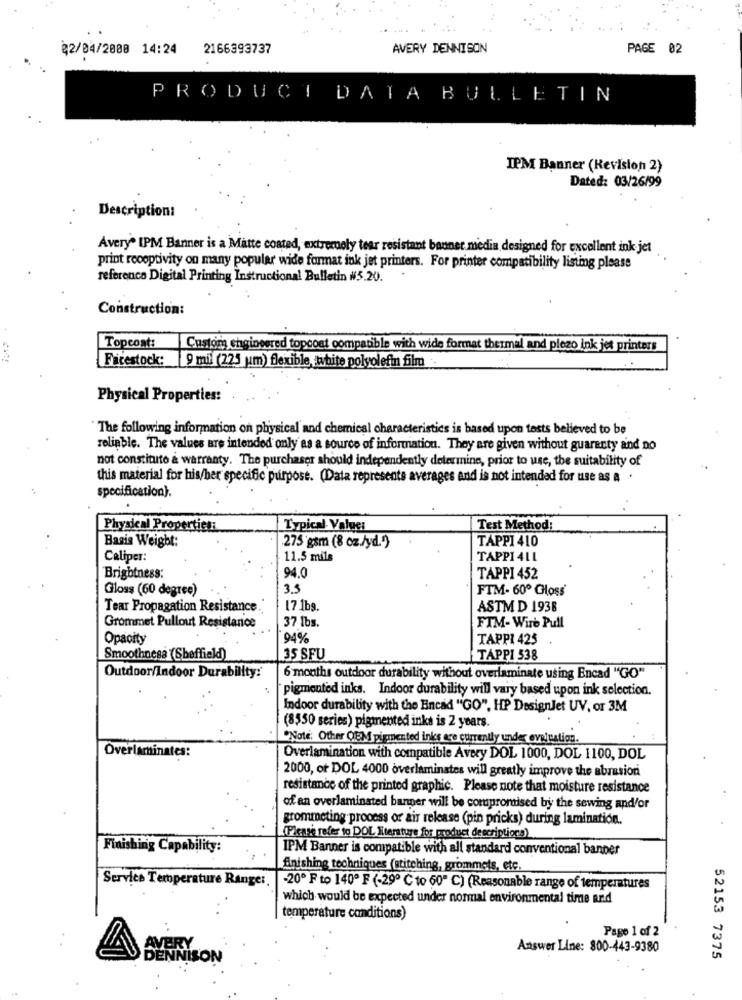
02/04/2008 14:24
2166393737
AVERY DENNISON
PAGE 02
PRODUCT DATA BULLETIN
IPM Banner (Revision 2)
Dated: 03/26/99
Description:
Avery* IPM Banner is a Matte coated, extremely tear resistant banner media designed for excellent ink jet
print receptivity on many popular wide format ink jet printers. For printer compatibility listing please
reference Digital Printing Instructional Bulletin #5.20.
Construction:
Topcont:
Custom engineered topcoat compatible with wide format thermal and plezo ink jet printers
Firestock:
9 mil (225 um) flexible, white polyolefin film.
Physical Properties:
The following information on physical and chemical characteristics is based upon tests believed to be
reliable. The values are intended only as a source of information. They are given without guaranty and no
not constitute a warranty. The purchaser should independently determine, prior to use, the suitability of
this material for his/her specific purpose. (Data represente averages and is not intended for use as a .
specification).
Physical Properties:
Typical- Value:
Test Method:
Basis Weight:
TAPPI 410
275 gsm (8 oz./yd.")
Caliper:
11.5 mils
TAPPI 4LL
94.0
Brightness:
TAPPI 452
Gloss (60 degree)
3.5
FTM- 60º GHloss
Tear Propagation Resistance .
17 1bg.
ASTM D 1938
37 lbs.
Grommet Pullout Resistance
FTM- Wire Pull
Opacity
94%
TAPPI 425
Smoothness (Sheffield)
35 SFU
TAPPI 538
Outdoor/Indoor Durability:
6 months outdoor durability without overlaminate using Encad "GO"
pigmented inks. Indoor durability will vary based upon ink selection.
Indoor durability with the Encad "GO", HP DesignJet UV, or 3M
(8550 series) pigmented inks is 2 years.
"Note: Other OEM pigmented inks are currently under evejuation.
Overlarinates:
Overlamination with compatible Avery DOL 1000, DOL 1100, DOL
2000, or DOL 4000 overlaminates will greatly improve the abrasion
resistance of the printed graphic. Please note that moisture resistance
of an overlaminated barmer will be compromised by the sewing and/or
grommeting process or air release (pin pricks) during lamination.
(Please refer to DOL literature for product descriptiono).
Finishing Capability:
IPM Banner is compatible with all standard conventional banper
finishing techniques (stitching, grommets, etc.
Service Temperature Range:
-20º F to 140º F (-29º ℃ to 60" C) (Reasonable range of temperatures
which would be expected under normal environmental time and
temperature conditions)
Page 1 of 2
AVERY
Answer Line: 800-443-9380
DENNISON
52153 7375